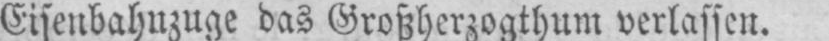
Eisenbahnzuge das Großherzogthum verlassen.